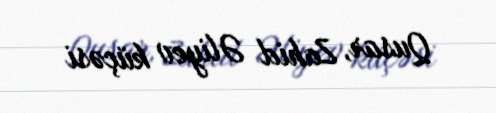
Qusar, Zahid Əliyev küçəsi